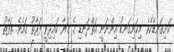
ކަށިގަނޑެކެވެ. މިކަށިގަނޑު އިންނަނީ އަތްދަނޑި ގެ ގަޔާ ކައިރިވީ ފަރާތު ގައެވެ. ތަފާތު